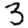
Digit: 3